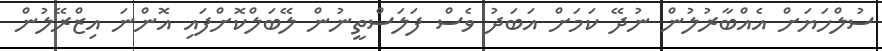
ސުލްހަޔަށް އެއްބާރުލުން ނުދޭ ކަމަށް އަބަދު ވެސް ފަލަސްތީނުން ލޭބަލްކޮށްފައި އޮންނަ އިޒްރޭލުން